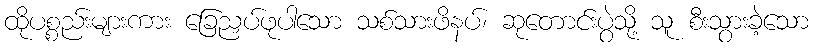
ထိုပစ္စည်းများကား ခြေညှပ်ဖုပါသော သစ်သားဖိနပ်၊ ဆုတောင်းပွဲသို့ သူ စီးသွားခဲ့သော